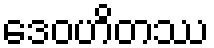
ဒေဝဟိတဿ